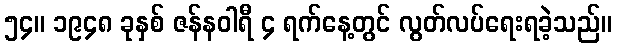
၅၄။ ၁၉၄၈ ခုနှစ် ဇန်နဝါရီ ၄ ရက်နေ့တွင် လွတ်လပ်ရေးရခဲ့သည်။